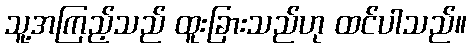
သူ့အကြည့်သည် ထူးခြားသည်ဟု ထင်ပါသည်။